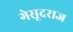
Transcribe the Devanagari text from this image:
गेसूदराज